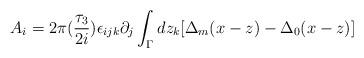
LaTeX: \begin{align*}A_i=2\pi (\frac{\tau_3}{2i})\epsilon_{ijk}\partial_j\int_{\Gamma} dz_k[\Delta_m(x-z)-\Delta_0(x-z)]\end{align*}